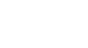
လက်မရှိ